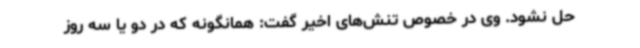
حل نشود. وی در خصوص تنش‌های اخیر گفت: همانگونه که در دو یا سه روز